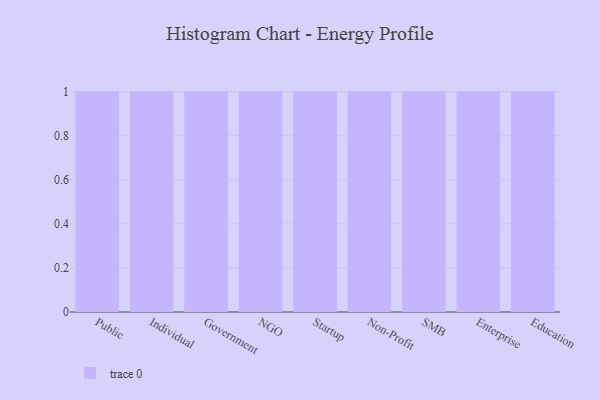
{"axis": {"x": "Segment", "y": "Conversion Rate (%)"}, "legend": [""], "data": [{"x": "Public", "y": 1, "type": ""}, {"x": "Individual", "y": 97, "type": ""}, {"x": "Government", "y": 31, "type": ""}, {"x": "NGO", "y": 69, "type": ""}, {"x": "Startup", "y": 92, "type": ""}, {"x": "Non-Profit", "y": 72, "type": ""}, {"x": "SMB", "y": 81, "type": ""}, {"x": "Enterprise", "y": 21, "type": ""}, {"x": "Education", "y": 39, "type": ""}]}